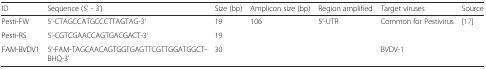
<table><thead><tr><td><b>ID</b></td><td><b>Sequence (5’ - 3’)</b></td><td><b>Size (bp)</b></td><td><b>Amplicon size (bp)</b></td><td><b>Region amplified</b></td><td><b>Target viruses</b></td><td><b>Source</b></td></tr></thead><tbody><tr><td>Pesti-FW</td><td>5’-CTAGCCATGCCCTTAGTAG-3’</td><td>19</td><td rowspan="3">106</td><td rowspan="3">5’-UTR</td><td rowspan="2">Common for Pestivirus</td><td rowspan="3">[17]</td></tr><tr><td>Pesti-RS</td><td>5’-CGTCGAACCAGTGACGACT-3’</td><td>19</td></tr><tr><td>FAM-BVDV1</td><td>5’-FAM-TAGCAACAGTGGTGAGTTCGTTGGATGGCT-BHQ-3’</td><td>30</td><td>BVDV-1</td></tr></tbody></table>